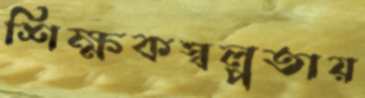
শিক্ষকস্বল্পতায়